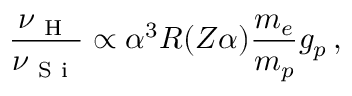
\frac { \nu _ { \mathrm { ~ H ~ } } } { \nu _ { \mathrm { ~ S ~ i ~ } } } \propto \alpha ^ { 3 } R ( Z \alpha ) \frac { m _ { e } } { m _ { p } } g _ { p } \, ,